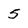
Character: 5